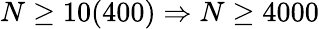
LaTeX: N\geq 10(400)\Rightarrow N\geq 4000